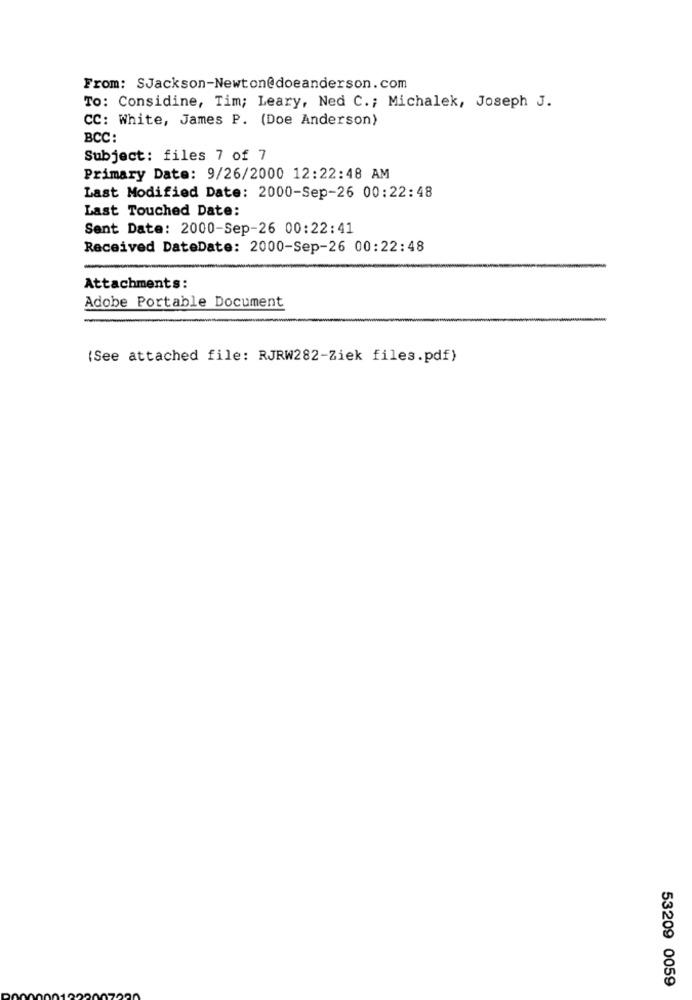
From: SJackson-Newton@doeanderson. com
To: Considine, Tim; Leary, Ned C .; Michalek, Joseph J.
CC: White, James P. (Doe Anderson)
BCC:
Subject: files 7 of 7
Primary Date: 9/26/2000 12:22:48 AM
Last Modified Date: 2000-Sep-26 00:22:48
Last Touched Date:
Sent Date: 2000-Sep-26 00:22:41
Received DateDate: 2000-Sep-26 00:22:48
Attachments:
Adobe Portable Document
(See attached file: RJRW282-Ziek files.pdf)
53209 0059